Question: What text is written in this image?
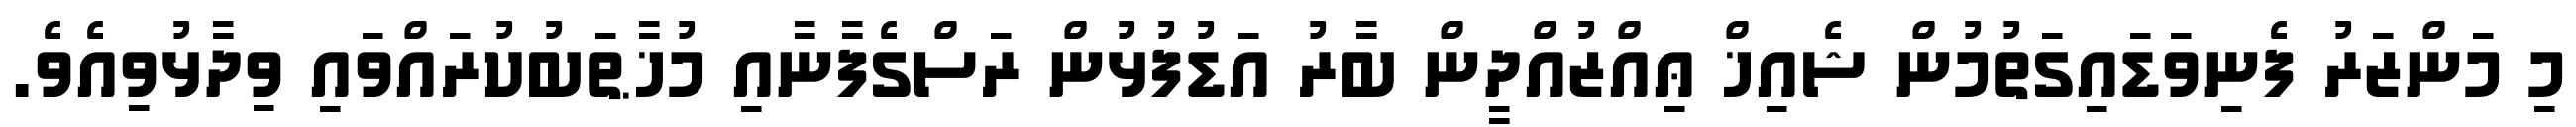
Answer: މި މަންޒަރު ފެނިވަޑައިގަތުމުން ޝެއިޚް ޢިއްޒުއްދީން ބާރު އަޑުފުޅުން ރަސްގެފާނާއި މުޚާޠަބުކުރައްވައި ވިދާޅުވިއެވެ.